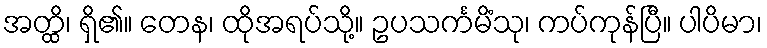
အတ္ထိ၊ ရှိ၏။ တေန၊ ထိုအရပ်သို့။ ဥပသင်္ကမိံသု၊ ကပ်ကုန်ပြီ။ ပါပိမာ၊